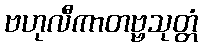
ဗဟုလီကာတဗ္ဗသုတ္တံ